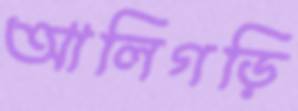
আলিগড়ি